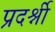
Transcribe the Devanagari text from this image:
प्रदर्श्नी